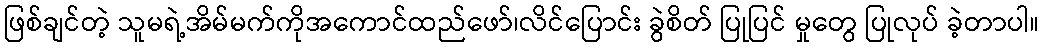
ဖြစ်ချင်တဲ့ သူမရဲ့အိမ်မက်ကိုအကောင်ထည်ဖော်၊လိင်ပြောင်း ခွဲစိတ် ပြုပြင် မှုတွေ ပြုလုပ် ခဲ့တာပါ။